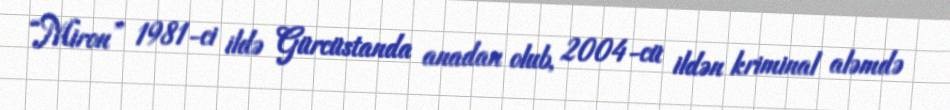
“Miron” 1981-ci ildə Gürcüstanda anadan olub, 2004-cü ildən kriminal aləmdə